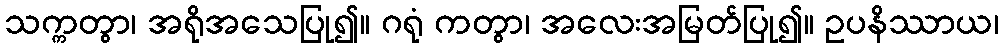
သက္ကတွာ၊ အရိုအသေပြု၍။ ဂရုံ ကတွာ၊ အလေးအမြတ်ပြု၍။ ဥပနိဿာယ၊